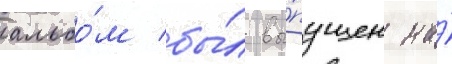
альбо́м бы́л вы́пущен на́